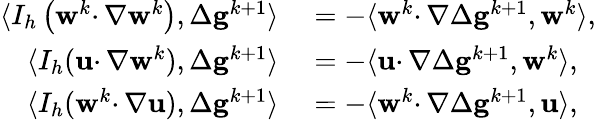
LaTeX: \begin{array}{rl}{\langle I_{h}\left(\mathbf{w}^{k}\cdotp\nabla\mathbf{w}^{k}\right),\Delta\mathbf{g}^{k+1}\rangle}&{{}=-\langle\mathbf{w}^{k}\cdotp\nabla\Delta\mathbf{g}^{k+1},\mathbf{w}^{k}\rangle,}\\ {\langle I_{h}(\mathbf{u}\cdotp\nabla\mathbf{w}^{k}),\Delta\mathbf{g}^{k+1}\rangle}&{{}=-\langle\mathbf{u}\cdotp\nabla\Delta\mathbf{g}^{k+1},\mathbf{w}^{k}\rangle,}\\ {\langle I_{h}(\mathbf{w}^{k}\cdotp\nabla\mathbf{u}),\Delta\mathbf{g}^{k+1}\rangle}&{{}=-\langle\mathbf{w}^{k}\cdotp\nabla\Delta\mathbf{g}^{k+1},\mathbf{u}\rangle,}\end{array}